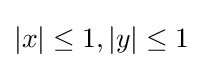
|x|\leq 1,|y|\leq 1